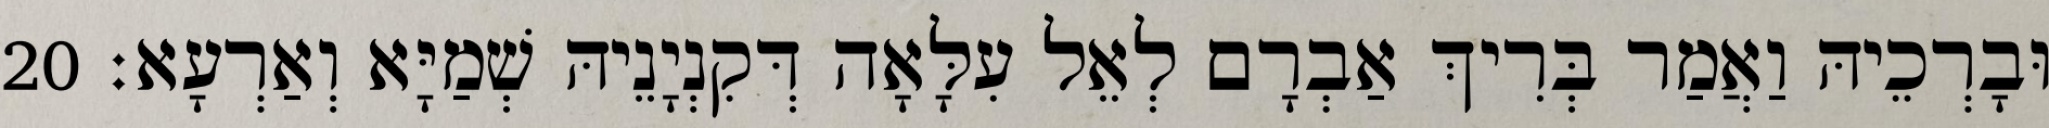
וּבָרְכֵיהּ וַאֲמַר בְּרִיךְ אַבְרָם לְאֵל עִלָּאָה דְּקִנְיָנֵיהּ שְׁמַיָּא וְאַרְעָא׃ 20